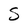
Character: S